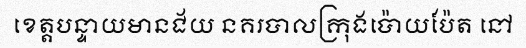
ខេត្តបន្ទាយមានជ័យ នគរបាលក្រុងប៉ោយប៉ែត នៅ